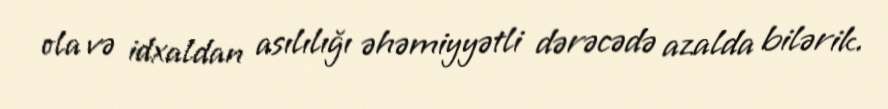
ola və idxaldan asılılığı əhəmiyyətli dərəcədə azalda bilərik.